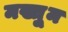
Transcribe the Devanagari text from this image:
मख्तुूम